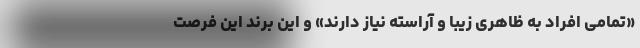
«تمامی افراد به ظاهری زیبا و آراسته نیاز دارند» و این برند این فرصت